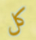
كل